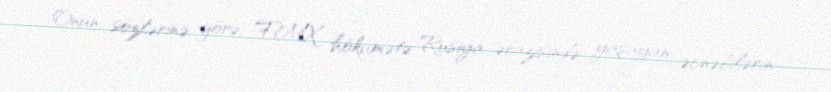
Onun sözlərinə görə, FMX hökumətə Rusiya ərazisində yaşayan əcnəbilərin